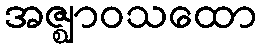
အဇ္ဈာဝသထော